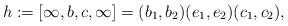
LaTeX: \begin{align*} h:=[\infty, b,c,\infty]=(b_1,b_2)(e_1,e_2)(c_1,c_2),\end{align*}